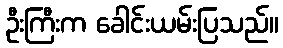
ဦးကြီးက ခေါင်းယမ်းပြသည်။